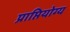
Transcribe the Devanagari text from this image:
प्राप्तियोग्य